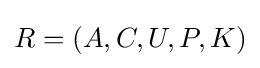
R=({A,C,U,P,K})